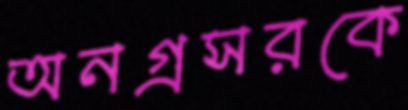
অনগ্রসরকে